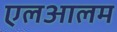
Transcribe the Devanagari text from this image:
एलआलम